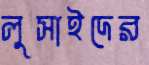
লুসাইদের